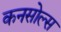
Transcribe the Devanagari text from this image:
कनसोल्स